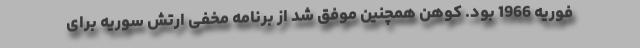
فوریه 1966 بود. کوهن همچنین موفق شد از برنامه مخفی ارتش سوریه برای